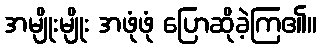
အမျိုးမျိုး အဖုံဖုံ ပြောဆိုခဲ့ကြ၏။